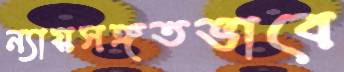
ন্যায়সঙ্গতভাবে